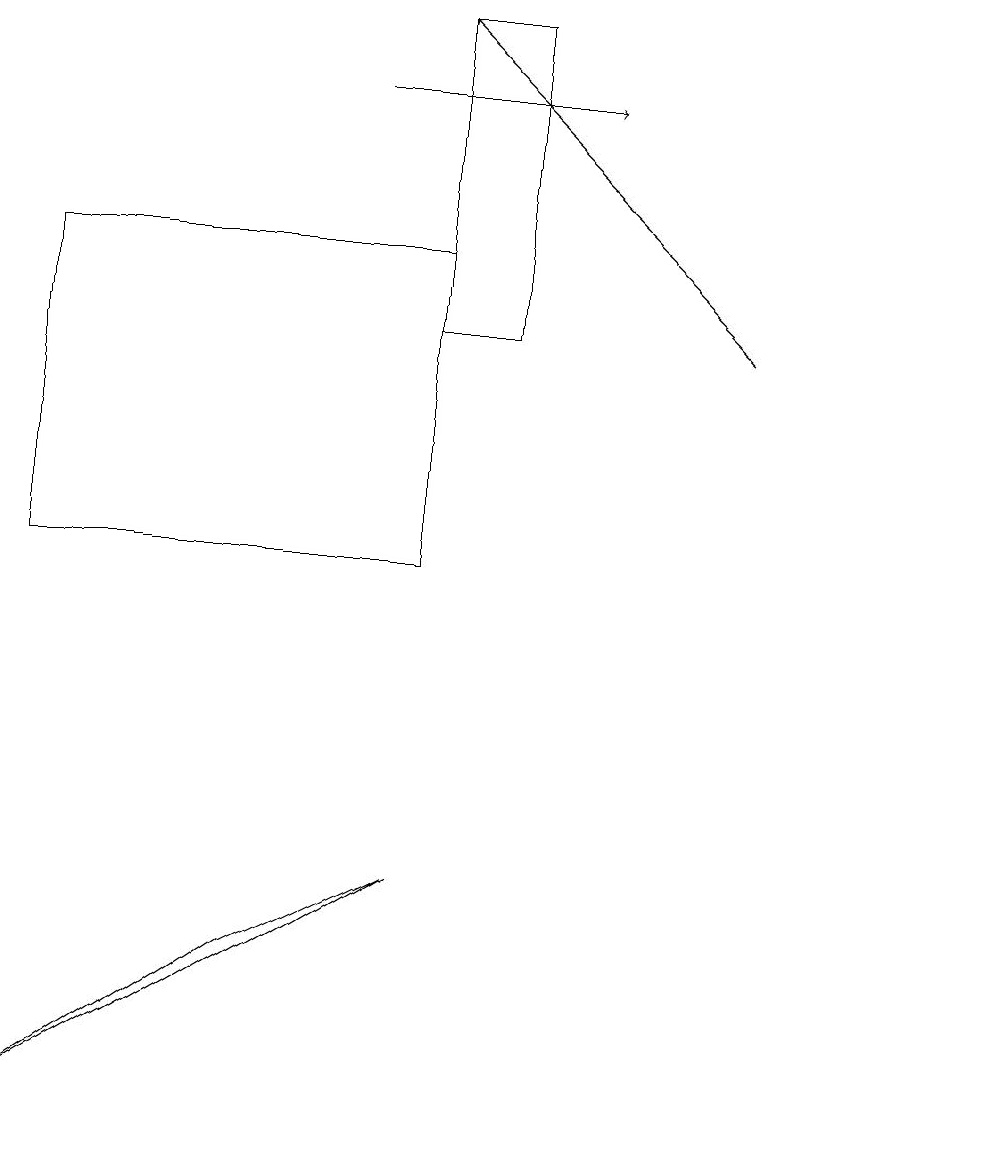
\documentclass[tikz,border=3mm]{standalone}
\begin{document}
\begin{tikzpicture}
\draw (12,11) circle (0);
\draw (5,16) rectangle (0,12);
\draw (5,19) rectangle (6,15);
\draw (5,8) -- (0,5) -- (3,7) -- cycle;
\draw[->] (9,15) -- (5,19);
\draw[->] (4,18) -- (7,18);
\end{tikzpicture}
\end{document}